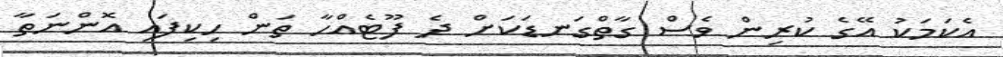
އެކަމަކު އޭގެ ކުރިން ވެސް ގާތްގަނޑަކަށް ދެ ފޫޓެއްހާ ތަން ހިކިފައި އޮންނަތާ